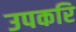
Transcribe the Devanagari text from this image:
उपकरि